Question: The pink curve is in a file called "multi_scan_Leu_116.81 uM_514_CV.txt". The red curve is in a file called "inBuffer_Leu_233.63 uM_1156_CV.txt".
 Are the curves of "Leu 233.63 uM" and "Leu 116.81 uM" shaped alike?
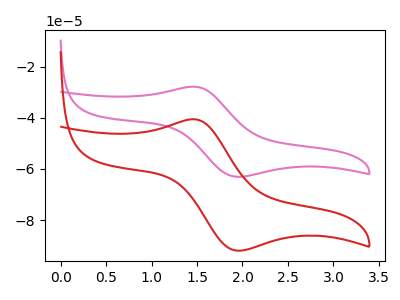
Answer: <think>The pink curve "Leu 116.81 uM" has an anodic peak at (1.45V, -27.85uA) and a cathodic peak at (1.95V, -63.05uA). The red curve "Leu 233.63 uM" has an anodic peak at (1.45V, -40.55uA) and a cathodic peak at (1.95V, -91.95uA).
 All the peaks in "Leu 233.63 uM" have a peak in "Leu 116.81 uM" at the same potential.</think>
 <answer>"Leu 233.63 uM" and "Leu 116.81 uM" are similar in shape.</answer>
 <eval>same_shape</eval>